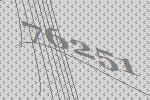
76251